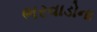
ભરવાડોના